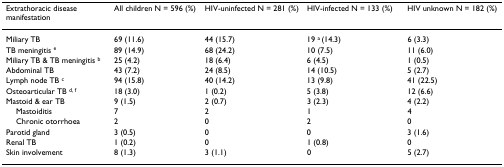
<table><thead><tr><td><b>Extrathoracic disease manifestation</b></td><td><b>All children N = 596 (%)</b></td><td><b>HIV-uninfected N = 281 (%)</b></td><td><b>HIV-infected N = 133 (%)</b></td><td><b>HIV unknown N = 182 (%)</b></td></tr></thead><tbody><tr><td>Miliary TB</td><td>69 (11.6)</td><td>44 (15.7)</td><td>19 <sup>a </sup>(14.3)</td><td>6 (3.3)</td></tr><tr><td>TB meningitis <sup>e</sup></td><td>89 (14.9)</td><td>68 (24.2)</td><td>10 (7.5)</td><td>11 (6.0)</td></tr><tr><td>Miliary TB &amp; TB meningitis <sup>b</sup></td><td>25 (4.2)</td><td>18 (6.4)</td><td>6 (4.5)</td><td>1 (0.5)</td></tr><tr><td>Abdominal TB</td><td>43 (7.2)</td><td>24 (8.5)</td><td>14 (10.5)</td><td>5 (2.7)</td></tr><tr><td>Lymph node TB <sup>c</sup></td><td>94 (15.8)</td><td>40 (14.2)</td><td>13 (9.8)</td><td>41 (22.5)</td></tr><tr><td>Osteoarticular TB <sup>d, f</sup></td><td>18 (3.0)</td><td>1 (0.2)</td><td>5 (3.8)</td><td>12 (6.6)</td></tr><tr><td>Mastoid &amp; ear TB</td><td>9 (1.5)</td><td>2 (0.7)</td><td>3 (2.3)</td><td>4 (2.2)</td></tr><tr><td> Mastoiditis</td><td>7</td><td>2</td><td>1</td><td>4</td></tr><tr><td> Chronic otorrhoea</td><td>2</td><td>0</td><td>2</td><td>0</td></tr><tr><td>Parotid gland</td><td>3 (0.5)</td><td>0</td><td>0</td><td>3 (1.6)</td></tr><tr><td>Renal TB</td><td>1 (0.2)</td><td>0</td><td>1 (0.8)</td><td>0</td></tr><tr><td>Skin involvement</td><td>8 (1.3)</td><td>3 (1.1)</td><td>0</td><td>5 (2.7)</td></tr></tbody></table>